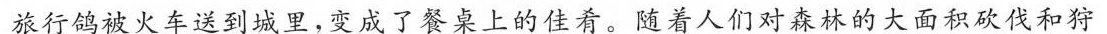
旅行鸽被火车送到城里，变成了餐桌上的佳肴。随着人们对森林的大面积砍伐和狩